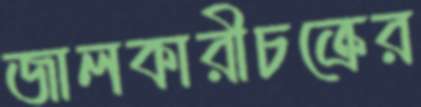
জালকারীচক্রের